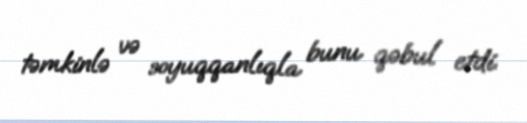
təmkinlə və soyuqqanlıqla bunu qəbul etdi.